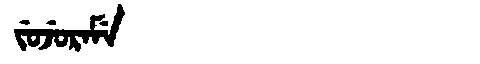
Manchu: ᠵᡠᠵᡠᡵᠠᠮᡝ
Romanization: JUJURAME